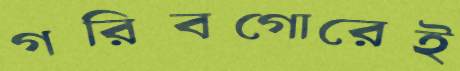
গরিবগোরেই